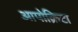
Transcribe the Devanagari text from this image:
आपोक्रिटा